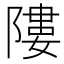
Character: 𨻻